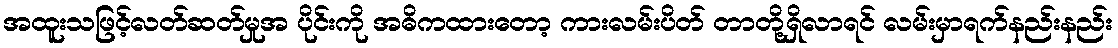
အထူးသဖြင့်လတ်ဆတ်မှုအ ပိုင်းကို အဓိကထားတော့ ကားလမ်းပိတ် တာတို့ရှိလာရင် လမ်းမှာရက်နည်းနည်း